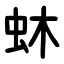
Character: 蚞